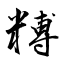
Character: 糐